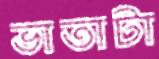
ভাতাটা